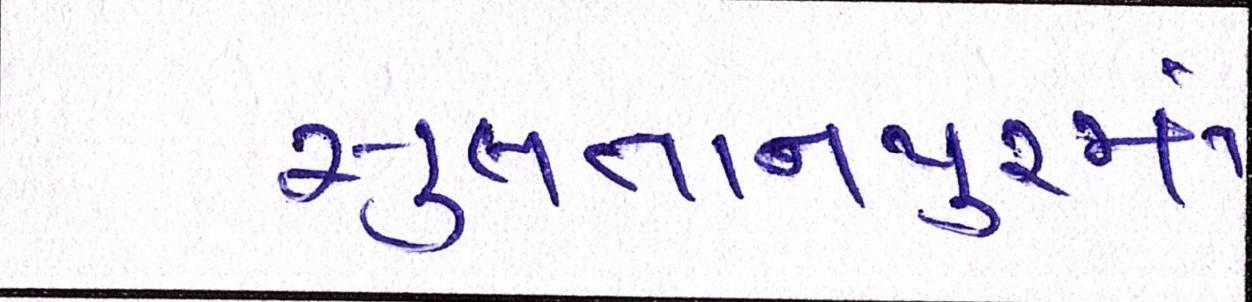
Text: સુલતાનપુરમાં